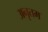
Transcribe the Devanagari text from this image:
अनृतम